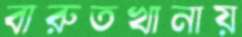
বারুতখানায়